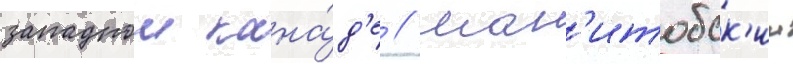
западнои кана́д'е // Ман'итобск'ии